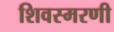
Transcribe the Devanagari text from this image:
शिवस्मरणी